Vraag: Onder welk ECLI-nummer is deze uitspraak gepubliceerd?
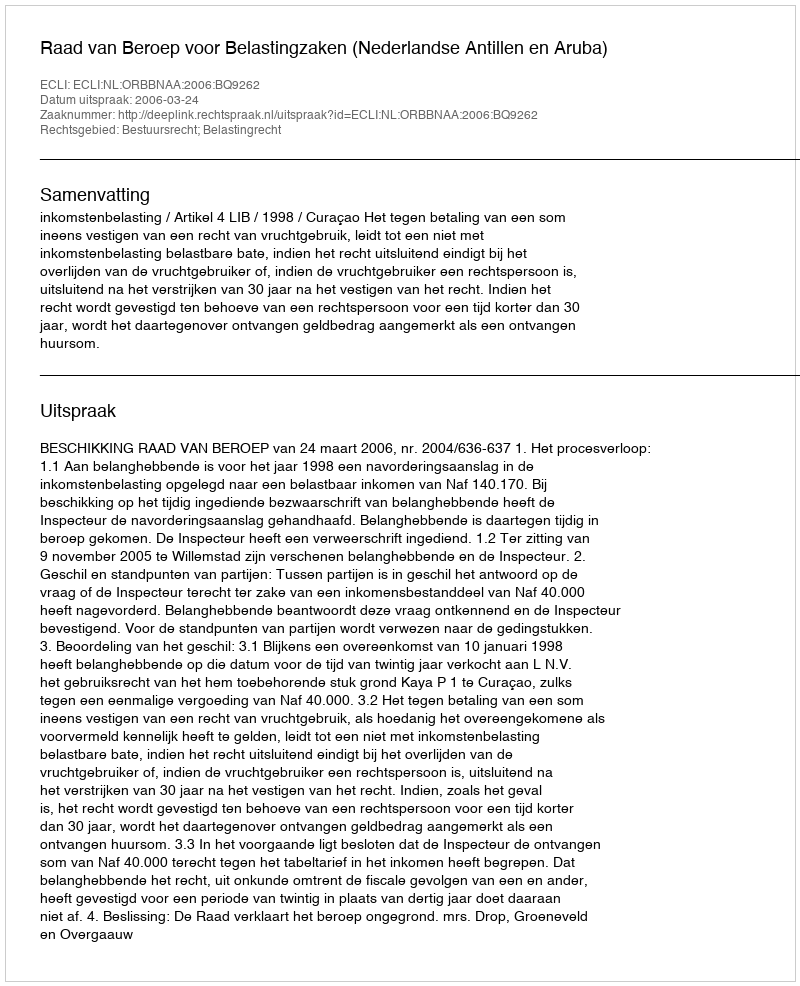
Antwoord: ECLI:NL:ORBBNAA:2006:BQ9262